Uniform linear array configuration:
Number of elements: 48
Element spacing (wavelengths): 0.25
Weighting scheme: cosine
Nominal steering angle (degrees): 30
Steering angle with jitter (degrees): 31.187
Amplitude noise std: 0.05
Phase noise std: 0.05

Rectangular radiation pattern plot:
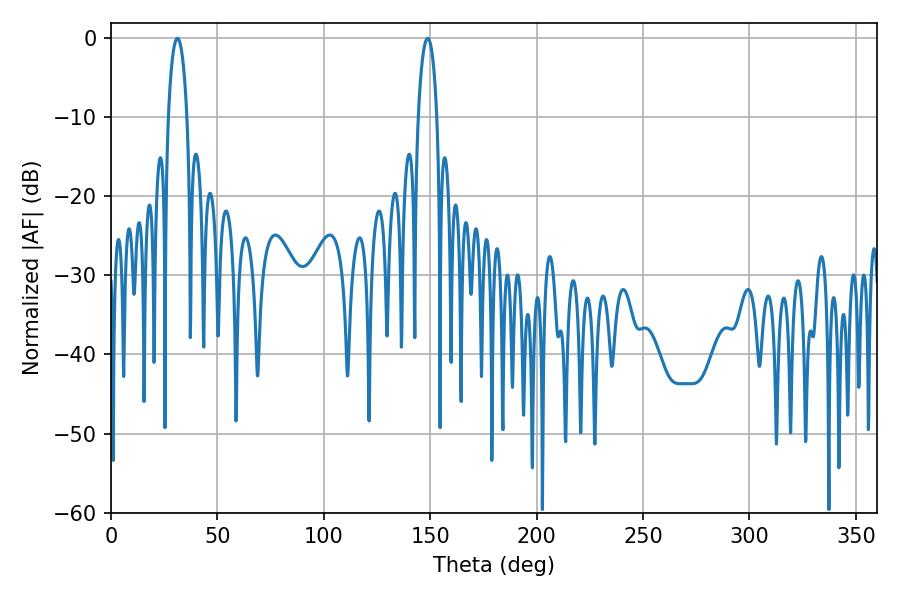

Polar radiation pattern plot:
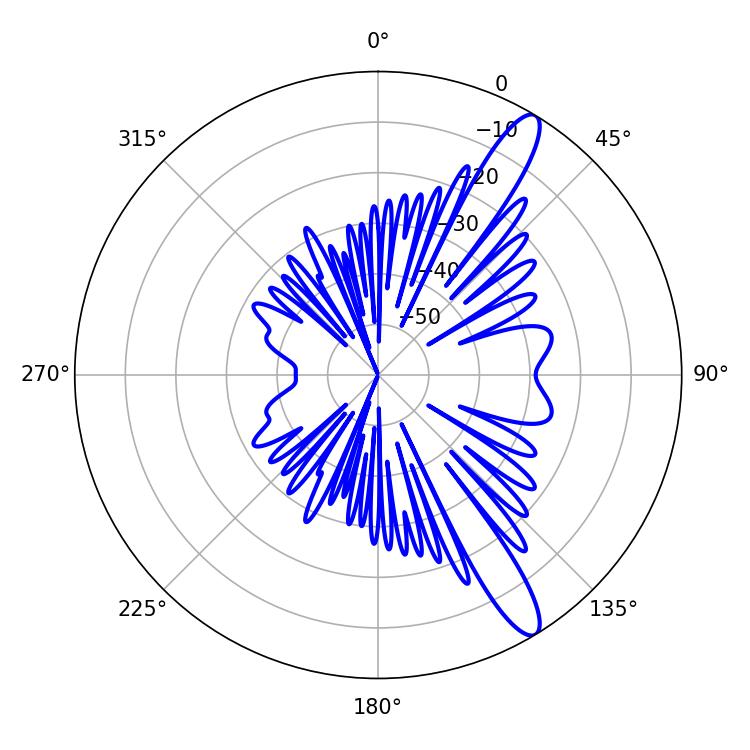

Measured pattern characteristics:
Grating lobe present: FALSE
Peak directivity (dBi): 12.898
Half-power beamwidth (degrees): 4.86
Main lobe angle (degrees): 31.14